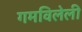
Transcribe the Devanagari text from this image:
गमविलेली